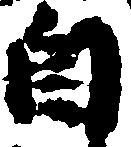
自